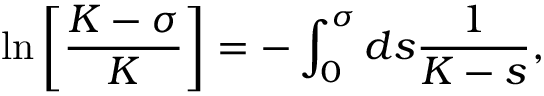
\ln \left[ \frac { K - \sigma } { K } \right] = - \int _ { 0 } ^ { \sigma } d s \frac { 1 } { K - s } ,